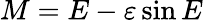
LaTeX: M=E-\varepsilon\sin E